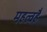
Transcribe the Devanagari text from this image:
महत्वहै